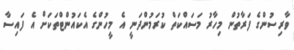
ވާރިސުންގެ ފަރާތުން މިހާރު މަސައްކަތް ކުރަމުންދަނީ އެ މީހުންގެ އެކައުންޓްތަކަށް އެ ފައިސާ